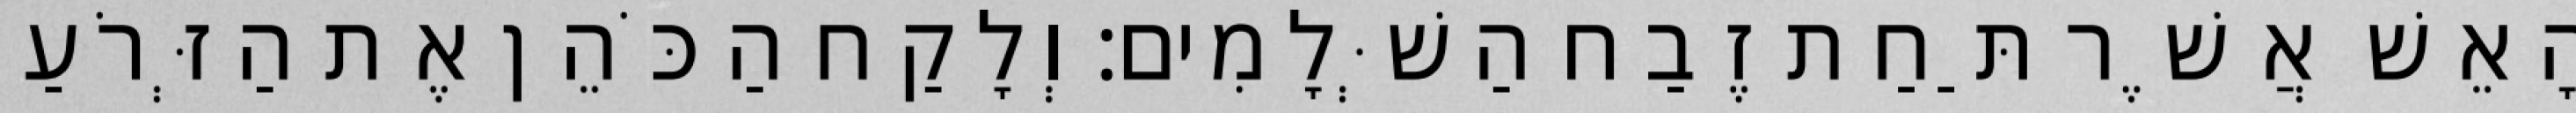
הָאֵשׁ אֲשֶׁר תַּחַת זֶבַח הַשְּׁלָמִים׃ וְלָקַח הַכֹּהֵן אֶת הַזְּרֹעַ